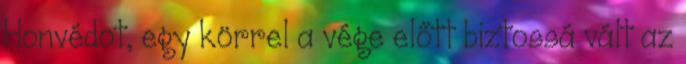
Honvédot, egy körrel a vége előtt biztossá vált az